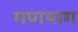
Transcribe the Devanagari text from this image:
गणयाग